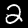
Label: 2